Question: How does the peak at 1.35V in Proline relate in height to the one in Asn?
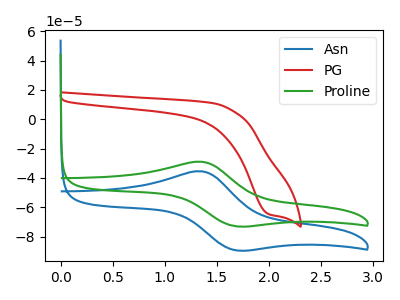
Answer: <think>The blue curve "Asn" has an anodic peak at (1.35V, -35.50uA) and a cathodic peak at (1.70V, -89.30uA). The red curve "PG" has a cathodic peak at: (2.00V, -64.70uA). The green curve "Proline" has an anodic peak at (1.35V, -29.00uA) and a cathodic peak at (1.70V, -72.90uA).</think>
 <answer>The peak at 1.35V is higher in "Proline" than in "Asn".</answer>
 <eval>higher</eval>